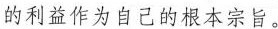
的利益作为自己的根本宗旨。